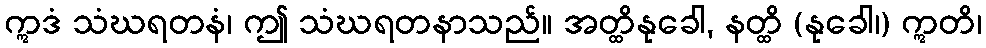
ဣဒံ သံဃရတနံ၊ ဤ သံဃရတနာသည်။ အတ္ထိနုခေါ, နတ္ထိ (နုခေါ၊) ဣတိ၊